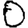
Digit: 0